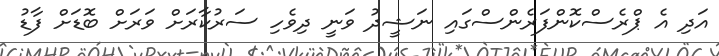
އަދި އެ ޕްރެސްކޮންފަރެންސްގައި ނަޝީދު ވަނީ ދިވެހި ސަރުކާރަށް ވަރަށް ބޮޑަށް ފާޑު